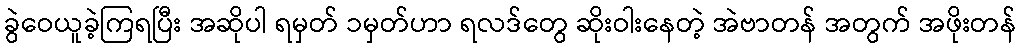
ခွဲဝေယူခဲ့ကြရပြီး အဆိုပါ ရမှတ် ၁မှတ်ဟာ ရလဒ်တွေ ဆိုးဝါးနေတဲ့ အဲဗာတန် အတွက် အဖိုးတန်